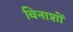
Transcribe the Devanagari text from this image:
विनाशों